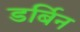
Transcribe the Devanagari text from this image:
डर्बिन